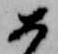
如